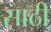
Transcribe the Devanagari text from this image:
साठी्